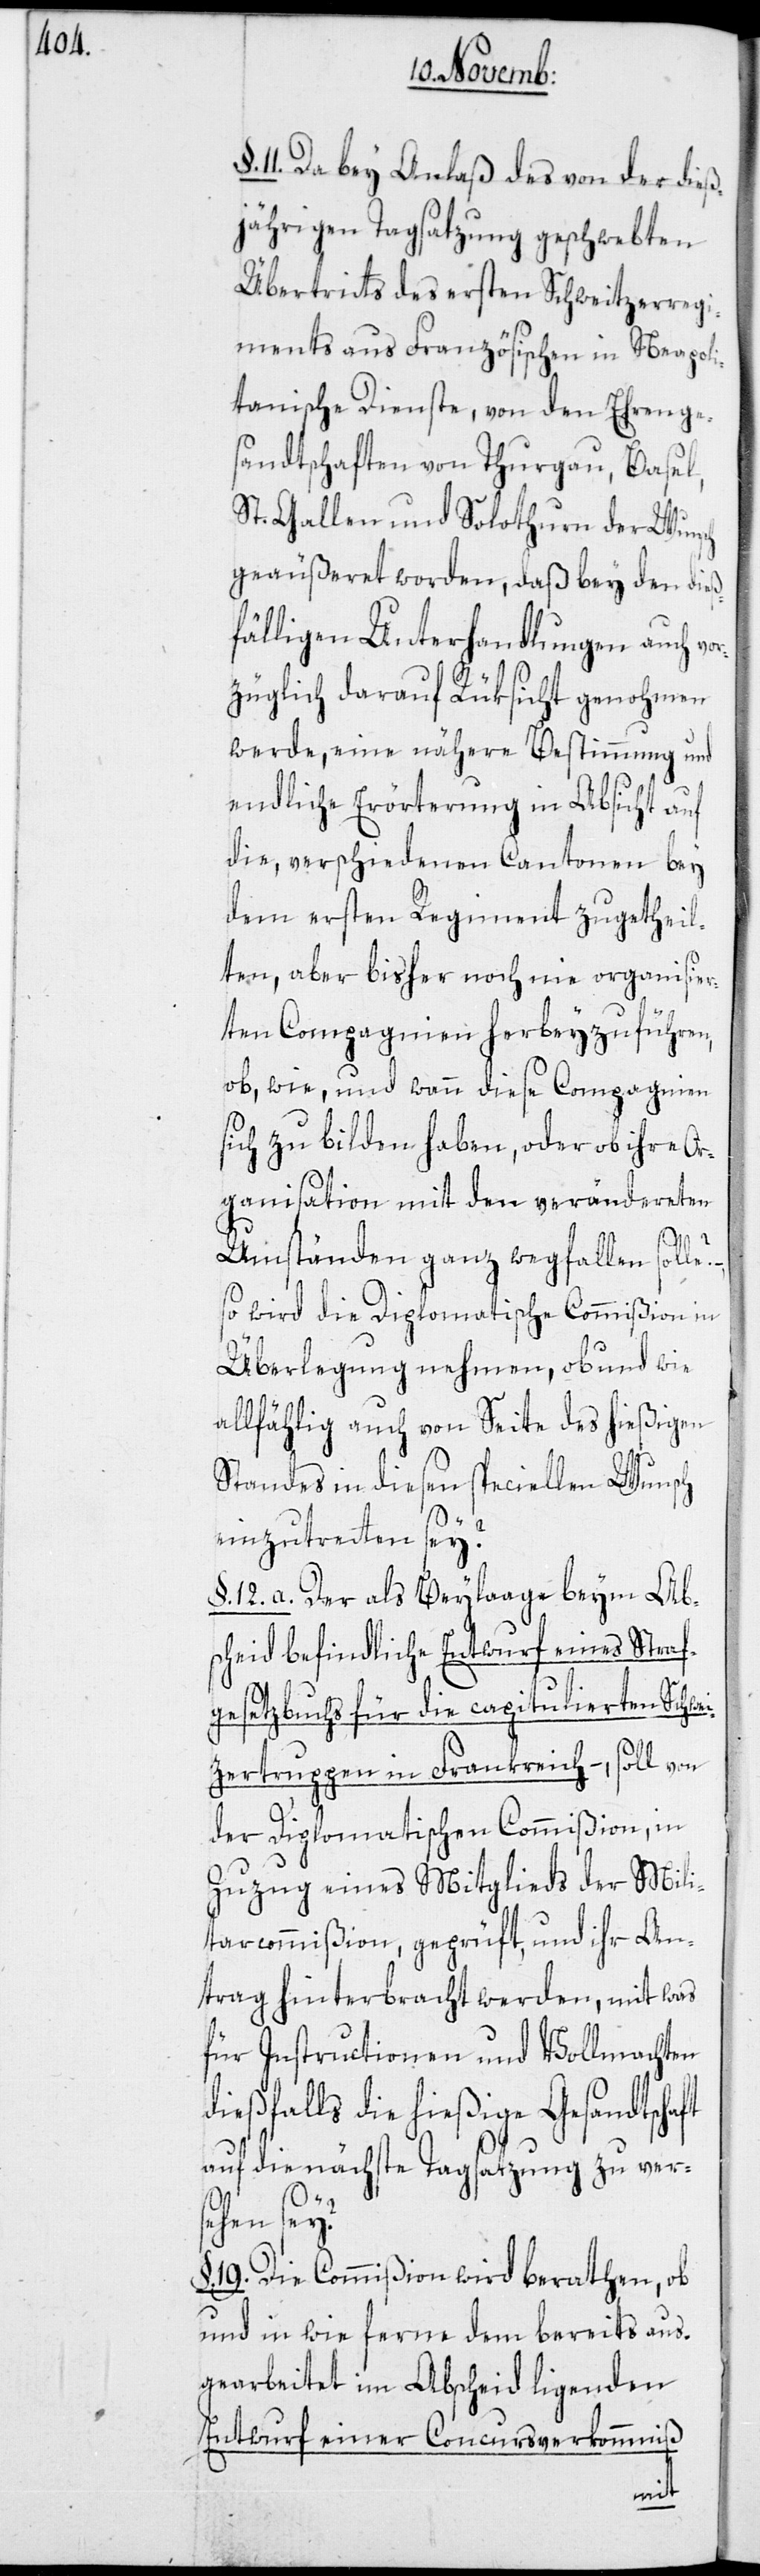
11. Da bey Anlaß des von der dieß¬
jährigen Tagsatzung geschwebten
Übertritts des ersten Schweitzerregi¬
ments aus Französischen in Neapoli¬
tanische Dienste, von den Ehrenge¬
sandtschaften von Thurgau, Basel,
St. Gallen und Solothurn der Wunsch
geäußeret worden, daß bey den dieß¬
fälligen Unterhandlungen auch vo¬
rzüglich darauf Rüksicht genohmen
werde, eine nähere Bestimmung und
endliche Erörterung in Absicht auf
die, verschiedenen Cantonen bey
dem ersten Regiment zugetheil¬
ten, aber bisher noch nie organisier¬
ten Compagnien herbeyzuführen,
ob, wie, und wann diese Compagnien
sich zu bilden haben, oder ob ihre Or¬
ganisation mit den verändereten
Umständen ganz wegfallen solle?
so wird die Diplomatische Commißion in
Überlegung nehmen, ob und wie
allfählig auch von Seite des hießigen
Standes in diesen speciellen Wunsch
einzutretten sey?
§. 12. a. Der als Beylaage beym Abs¬
cheid befindliche Entwurf eines Straf¬
gesetzbuchs für die capitulierten Schwei¬
tzertruppen in Frankreich –, soll von
der Diplomatischen Commißion, in
Zuzug eines Mitglieds der Mili¬
tarcommißion, geprüft, und ihr An¬
trag hinterbracht werden, mit was
für Instructionen und Vollmachten
dießfalls die hießige Gesandtschaft
auf die nächste Tagsatzung zu ver¬
sehen sey?
19. Die Commißion wird berathen, ob
und in wie ferne dem bereits aus¬
gearbeitet im Abscheid ligenden
Entwurf einer Concursverkommniß